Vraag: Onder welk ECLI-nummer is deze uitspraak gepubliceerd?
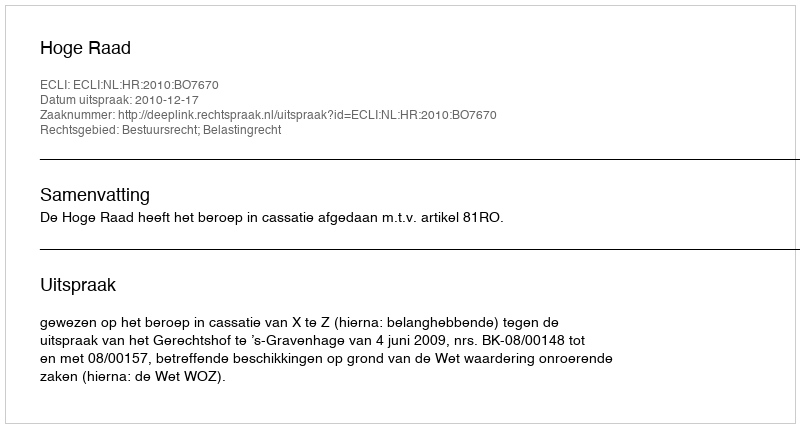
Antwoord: ECLI:NL:HR:2010:BO7670